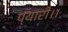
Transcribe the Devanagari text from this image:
प्यारी।।